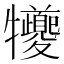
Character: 犪